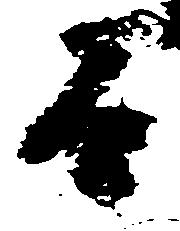
而